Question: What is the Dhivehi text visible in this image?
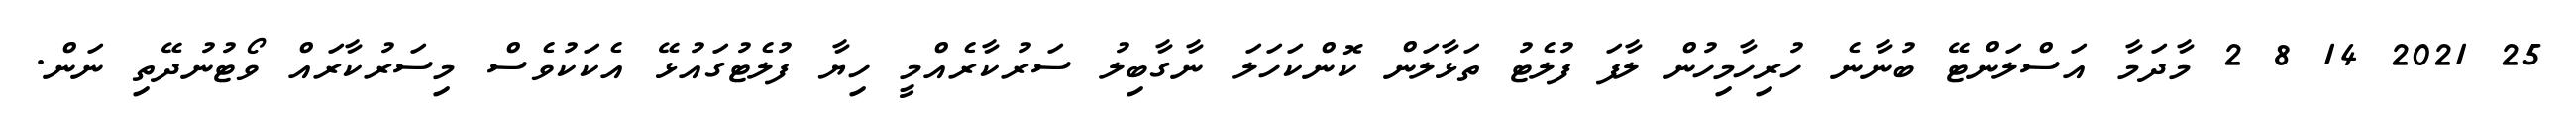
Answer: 25 2021 14 8 2 މާދަމާ އަސްލަންޓޭ ބުނާނެ ހުރިހާމިހުން ލާފަ ފުލެޓު ތަޅާލަން ކޮންކަހަލަ ނާގާބިލު ސަރުކާރެއްމީ ހިޔާ ފުލެޓުގައުޅޭ އެކަކުވެސް މިސަރުކާރައް ވޯޓުނުދޭތި ނަން.